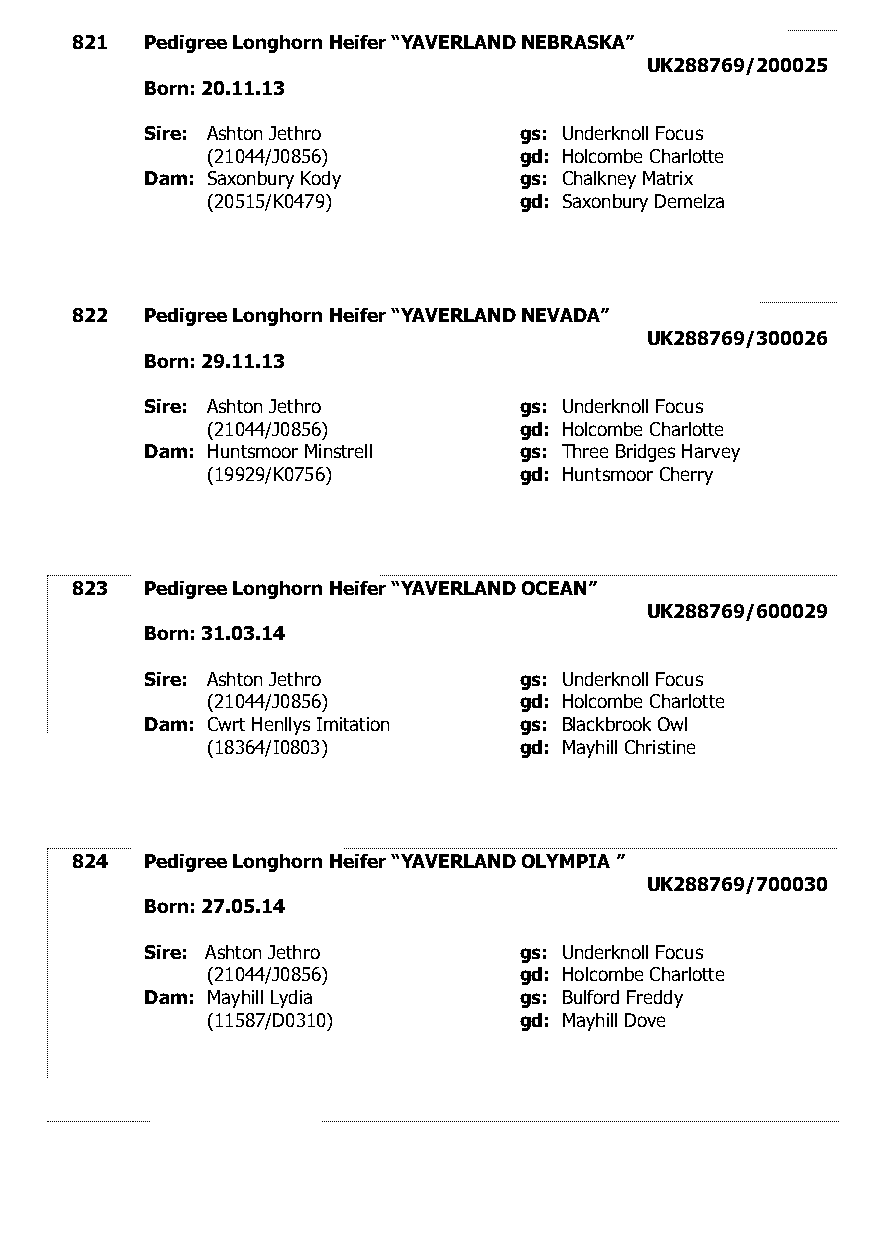
821  Pedigree Longhorn Heifer “YAVERLAND NEBRASKA”
 UK288769/200025
 Born: 20.11.13
 Sire: Ashton Jethro     gs: Underknoll Focus
 (21044/J0856)       gd: Holcombe Charlotte
 Dam: Saxonbury Kody     gs: Chalkney Matrix
 (20515/K0479)       gd: Saxonbury Demelza
 822  Pedigree Longhorn Heifer “YAVERLAND NEVADA”
 UK288769/300026
 Born: 29.11.13
 Sire: Ashton Jethro     gs: Underknoll Focus
 (21044/J0856)       gd: Holcombe Charlotte
 Dam: Huntsmoor Minstrell gs: Three Bridges Harvey
 (19929/K0756)       gd: Huntsmoor Cherry
 823  Pedigree Longhorn Heifer “YAVERLAND OCEAN”
 UK288769/600029
 Born: 31.03.14
 Sire: Ashton Jethro     gs: Underknoll Focus
 (21044/J0856)       gd: Holcombe Charlotte
 Dam: Cwrt Henllys Imitation gs: Blackbrook Owl
 (18364/I0803)       gd: Mayhill Christine
 824  Pedigree Longhorn Heifer “YAVERLAND OLYMPIA ”
 UK288769/700030
 Born: 27.05.14
 Sire: Ashton Jethro     gs: Underknoll Focus
 (21044/J0856)       gd: Holcombe Charlotte
 Dam: Mayhill Lydia      gs: Bulford Freddy
 (11587/D0310)       gd: Mayhill Dove